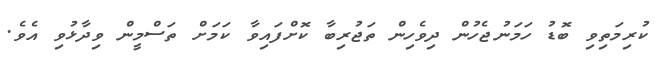
ކުރިމަތިވި ބޮޑު ހަމަނުޖެހުން ދިވެހިން ތަޖުރިބާ ކޮށްފައިވާ ކަމަށް ތަސްމީން ވިދާޅުވި އެވެ.